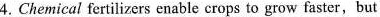
4. Chemical fertilizers enable crops to grow faster,but